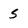
Character: 5